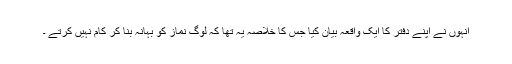
انہوں نے اپنے دفتر کا ایک واقعہ بیان کیا جس کا خلاصہ یہ تھا کہ لوگ نماز کو بہانہ بنا کر کام نہیں کرتے ۔